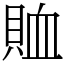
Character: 賉